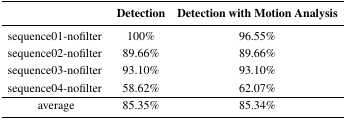
<table><thead><tr><td></td><td><b>Detection</b></td><td><b>Detection with Motion Analysis</b></td></tr></thead><tbody><tr><td>sequence01-nofilter</td><td>100%</td><td>96.55%</td></tr><tr><td>sequence02-nofilter</td><td>89.66%</td><td>89.66%</td></tr><tr><td>sequence03-nofilter</td><td>93.10%</td><td>93.10%</td></tr><tr><td>sequence04-nofilter</td><td>58.62%</td><td>62.07%</td></tr><tr><td>average</td><td>85.35%</td><td>85.34%</td></tr></tbody></table>